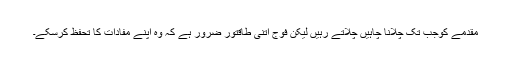
مقدمے کوجب تک چلانا چاہیں چلاتے رہیں لیکن فوج اتنی طاقتور ضرور ہے کہ وہ اپنے مفادات کا تحفظ کرسکے۔